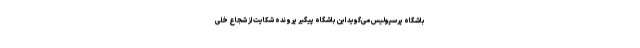
باشگاه پرسپولیس می‌گوید این باشگاه پیگیر پرونده شکایت از شجاع خلی